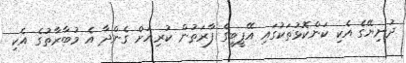
ދުނިޔޭގެ އެކި ކަންކޮޅުތަކުގައި އޭޕީބީގެ ފާރަތުން ކުރިއަށް ގެންދާ އެ މުބާރާތުގެ އެކި